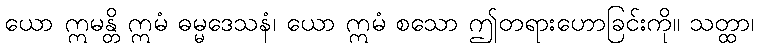
ယော ဣမန္တိ ဣမံ ဓမ္မဒေသနံ၊ ယော ဣမံ စသော ဤတရားဟောခြင်းကို။ သတ္ထာ၊